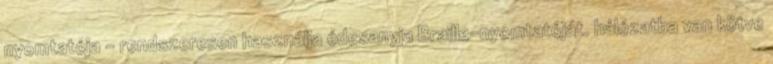
nyomtatója - rendszeresen használja édesanyja Braille-nyomtatóját. hálózatba van kötve